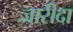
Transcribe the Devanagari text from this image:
जारीदा